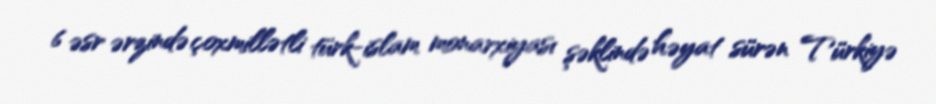
6 əsr ərzində çoxmillətli türk-islam monarxiyası şəklində həyat sürən Türkiyə